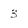
Character: 3